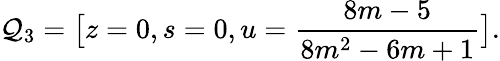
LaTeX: \mathcal{Q}_{3}=\big[z=0,s=0,u=\frac{8m-5}{8m^{2}-6m+1}\big].